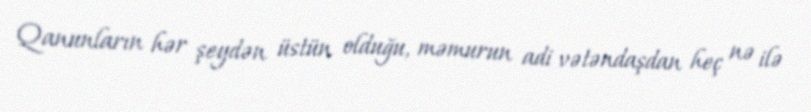
Qanunların hər şeydən üstün olduğu, məmurun adi vətəndaşdan heç nə ilə